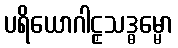
ပရိယောဂါဠှသဒ္ဓမ္မော